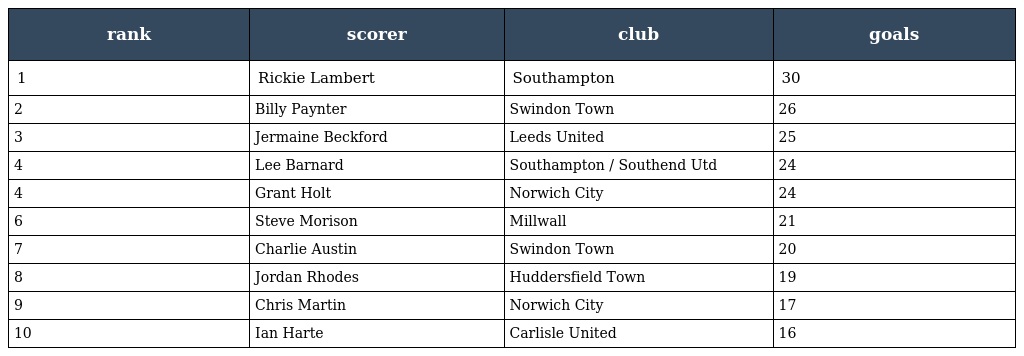
| rank | scorer | club | goals |
 | --- | --- | --- | --- |
 | 1 | Rickie Lambert | Southampton | 30 |
 | 2 | Billy Paynter | Swindon Town | 26 |
 | 3 | Jermaine Beckford | Leeds United | 25 |
 | 4 | Lee Barnard | Southampton / Southend Utd | 24 |
 | 4 | Grant Holt | Norwich City | 24 |
 | 6 | Steve Morison | Millwall | 21 |
 | 7 | Charlie Austin | Swindon Town | 20 |
 | 8 | Jordan Rhodes | Huddersfield Town | 19 |
 | 9 | Chris Martin | Norwich City | 17 |
 | 10 | Ian Harte | Carlisle United | 16 |